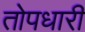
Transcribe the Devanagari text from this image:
तोपधारी